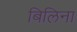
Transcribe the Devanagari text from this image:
बिलिना